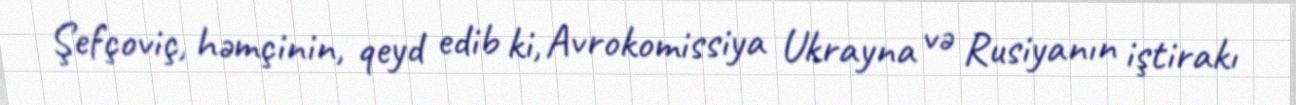
Şefçoviç, həmçinin, qeyd edib ki, Avrokomissiya Ukrayna və Rusiyanın iştirakı